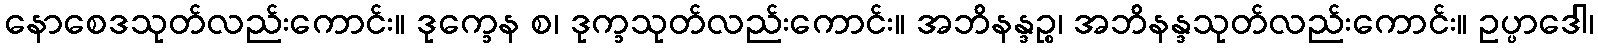
နောစေဒသုတ်လည်းကောင်း။ ဒုက္ခေန စ၊ ဒုက္ခသုတ်လည်းကောင်း။ အဘိနန္ဒဉ္စ၊ အဘိနန္ဒသုတ်လည်းကောင်း။ ဥပ္ပာဒေါ၊